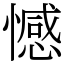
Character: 憾